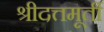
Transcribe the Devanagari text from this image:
श्रीदत्तमूर्ती